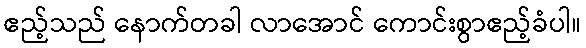
ဧည့်သည် နောက်တခါ လာအောင် ကောင်းစွာဧည့်ခံပါ။